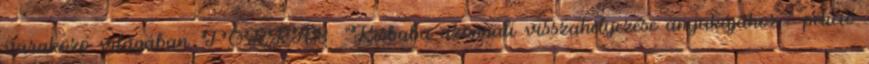
várakozó világában. FORRÁS: "Kisbaba azonnali visszahelyezése anyukájához " petíció